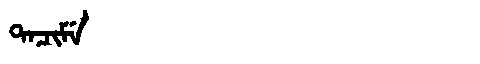
Manchu: ᡨᠠᠴᡳᠮᡝ
Romanization: TACIME